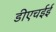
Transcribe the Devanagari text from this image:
डीएचईई